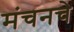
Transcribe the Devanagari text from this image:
मंचनचे